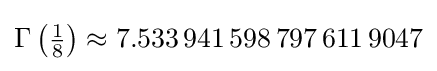
\Gamma \left({\tfrac {1}{8}}\right)\approx 7.533\,941\,598\,797\,611\,9047